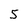
Character: 5